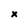
Character: x